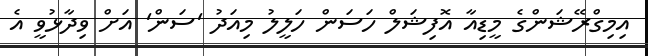
އިމިގްރޭޝަންގެ މީޑިއާ އޮފިޝަލް ހަސަން ހަލީލު މިއަދު 'ސަން' އަށް ވިދާޅުވީ އެ